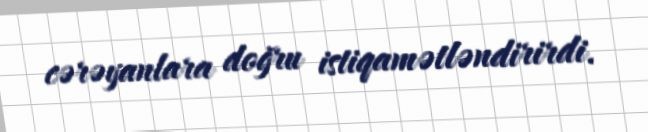
cərəyanlara doğru istiqamətləndirirdi.